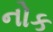
નોક